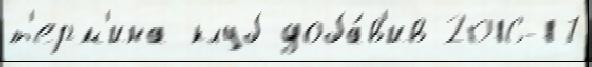
т'ерм'ина клуб доба́в'ив 2016-17